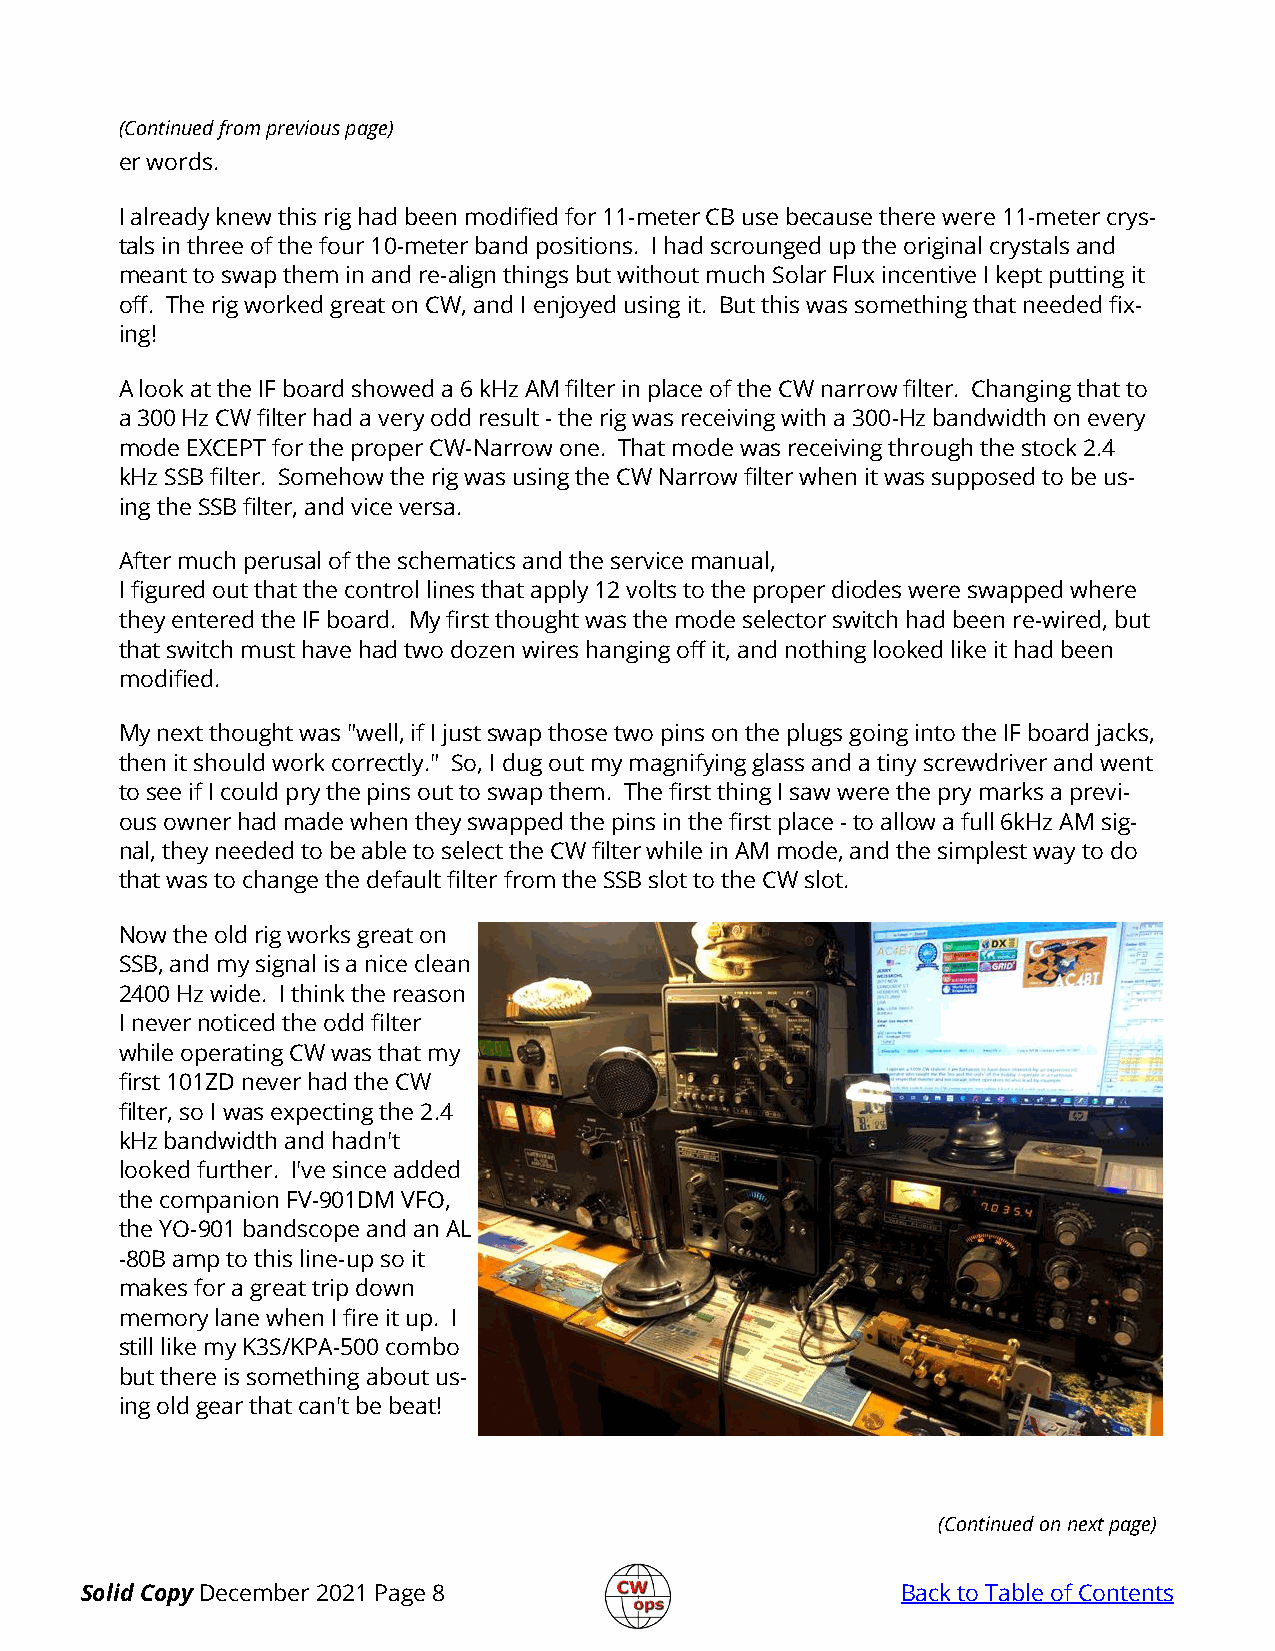
(Continued from previous page)
 er words.
 I already knew this rig had been modified for 11-meter CB use because there were 11-meter crys-
 tals in three of the four 10-meter band positions. I had scrounged up the original crystals and
 meant to swap them in and re-align things but without much Solar Flux incentive I kept putting it
 off. The rig worked great on CW, and I enjoyed using it. But this was something that needed fix-
 ing!
 A look at the IF board showed a 6 kHz AM filter in place of the CW narrow filter. Changing that to
 a 300 Hz CW filter had a very odd result - the rig was receiving with a 300-Hz bandwidth on every
 mode EXCEPT for the proper CW-Narrow one. That mode was receiving through the stock 2.4
 kHz SSB filter. Somehow the rig was using the CW Narrow filter when it was supposed to be us-
 ing the SSB filter, and vice versa.
 After much perusal of the schematics and the service manual,
 I figured out that the control lines that apply 12 volts to the proper diodes were swapped where
 they entered the IF board. My first thought was the mode selector switch had been re-wired, but
 that switch must have had two dozen wires hanging off it, and nothing looked like it had been
 modified.
 My next thought was "well, if I just swap those two pins on the plugs going into the IF board jacks,
 then it should work correctly." So, I dug out my magnifying glass and a tiny screwdriver and went
 to see if I could pry the pins out to swap them. The first thing I saw were the pry marks a previ-
 ous owner had made when they swapped the pins in the first place - to allow a full 6kHz AM sig-
 nal, they needed to be able to select the CW filter while in AM mode, and the simplest way to do
 that was to change the default filter from the SSB slot to the CW slot.
 Now the old rig works great on
 SSB, and my signal is a nice clean
 2400 Hz wide. I think the reason
 I never noticed the odd filter
 while operating CW was that my
 first 101ZD never had the CW
 filter, so I was expecting the 2.4
 kHz bandwidth and hadn't
 looked further. I've since added
 the companion FV-901DM VFO,
 the YO-901 bandscope and an AL
 -80B amp to this line-up so it
 makes for a great trip down
 memory lane when I fire it up. I
 still like my K3S/KPA-500 combo
 but there is something about us-
 ing old gear that can't be beat!
 (Continued on next page)
 Solid Copy December 2021 Page 8                        Back to Table of Contents